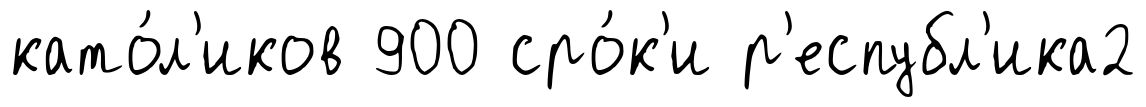
като́л'иков 900 сро́к'и р'еспубл'ика2